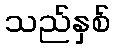
သည်နှစ်